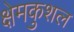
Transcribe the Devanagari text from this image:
क्षेमकुशल